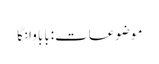
موضوعات:بابا وانگا